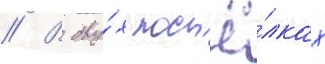
// В дву́х пос'ё́лках